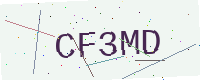
Text: CF3MD